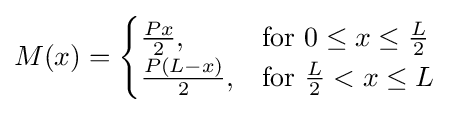
M(x)={\begin{cases}{\frac {Px}{2}},&{\mbox{for }}0\leq x\leq {\tfrac {L}{2}}\\{\frac {P(L-x)}{2}},&{\mbox{for }}{\tfrac {L}{2}}<x\leq L\end{cases}}